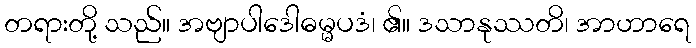
တရားတို့ သည်။ အဗျာပါဒေါဓမ္မပဒံ၊ ၏။ ဒသာနုဿတိ၊ အာဟာရေ